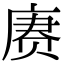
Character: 赓